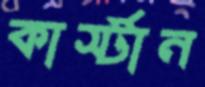
কার্স্টান